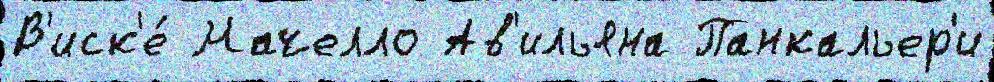
В'иск'е́ Мачелло Ав'ильяна Панкальер'и